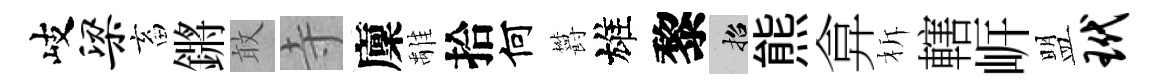
岐梁畜鏘敢寺廩𩀌拾何欝雄黎招熊弇柝轄㟁盟玳